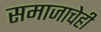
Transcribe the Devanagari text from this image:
समाजाचेही